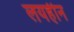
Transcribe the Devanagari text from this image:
लयहीन